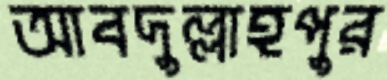
আবদুল্লাহপুর